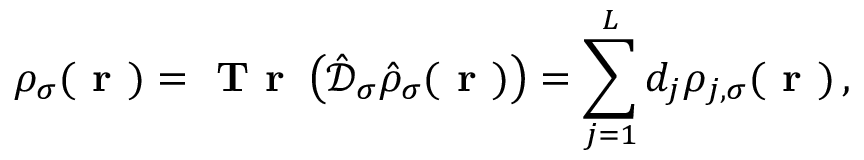
\rho _ { \sigma } ( \boldsymbol { \textbf { r } } ) = \textbf { T r } \left( \hat { \mathcal { D } } _ { \sigma } \hat { \rho } _ { \sigma } ( \boldsymbol { \textbf { r } } ) \right) = \sum _ { j = 1 } ^ { L } d _ { j } \rho _ { j , \sigma } ( \boldsymbol { \textbf { r } } ) \, ,